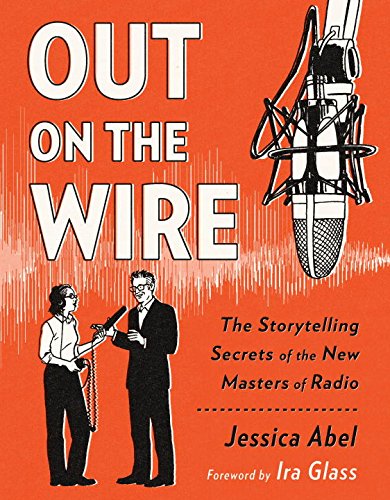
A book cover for Out on the Wire: The Storytelling Secrets of the New Masters of Radio; Jessica Abel; Comics & Graphic Novels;